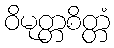
ဝိမုတ္တစိတ္တံ